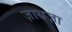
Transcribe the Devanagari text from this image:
ज़ायज़ा